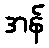
အန်